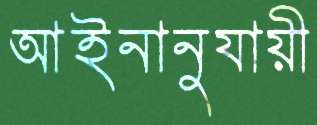
আইনানুযায়ী